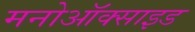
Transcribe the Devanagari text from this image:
मनोऑक्‍साइड